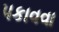
પકાવવા